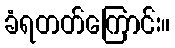
ခံရတတ်ကြောင်း။